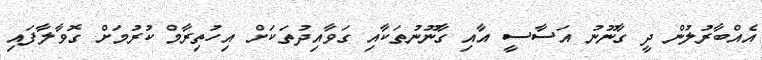
އެއްބާރުލުން ދީ ގާނޫނު އަސާސީ އާއި ގާނޫނުތަކާއި ގަވާއިދުތަކަށް އިހުތިރާމް ކުރުމަށް ގޮވާލާފައި